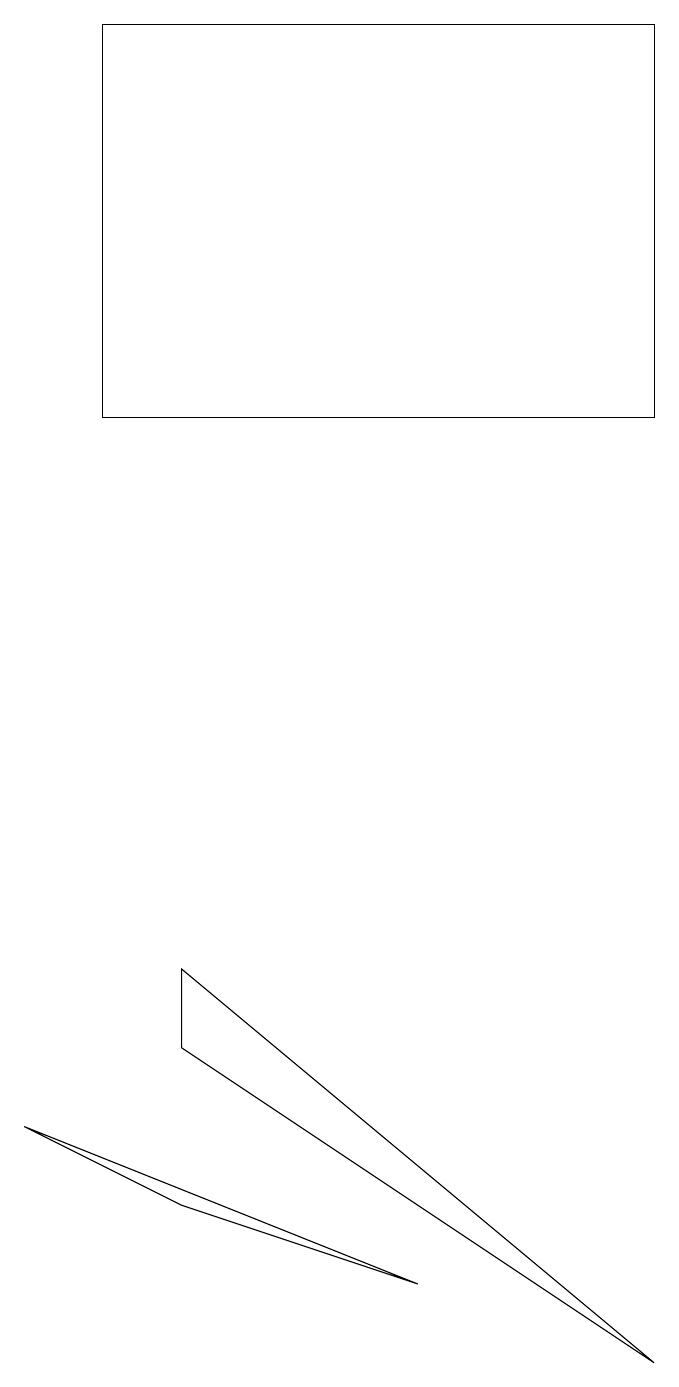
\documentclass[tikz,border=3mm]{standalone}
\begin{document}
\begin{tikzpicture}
\draw (2,4) -- (8,0) -- (2,5) -- cycle;
\draw (5,1) -- (0,3) -- (2,2) -- cycle;
\draw (8,17) rectangle (1,12);
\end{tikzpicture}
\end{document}